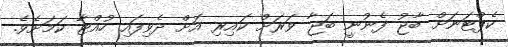
ކެޕްޓަނަށް ބާޖު ފެނުނީ ބަޖާ ވަރަށް ކައިރި އަށް ދެވިފައި ހުއްޓާ ކަމަށެވެ.